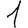
Digit: 1